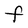
Character: F